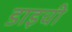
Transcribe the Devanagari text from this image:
डाइची